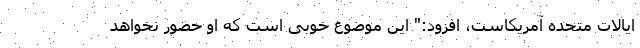
ایالات متحده آمریکاست، افزود:" این موضوع خوبی است که او حضور نخواهد